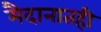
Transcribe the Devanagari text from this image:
मैदानातही